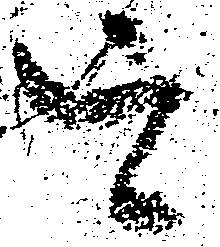
を